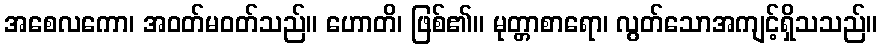
အစေလကော၊ အဝတ်မဝတ်သည်။ ဟောတိ၊ ဖြစ်၏။ မုတ္တာစာရော၊ လွတ်သောအကျင့်ရှိသသည်။